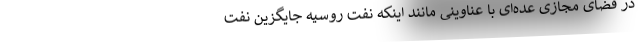
در فضای مجازی عده‌ای با عناوینی مانند اینکه نفت روسیه جایگزین نفت